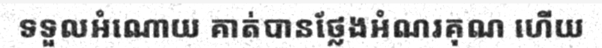
ទទួលអំណោយ គាត់បានថ្លែងអំណរគុណ ហើយ